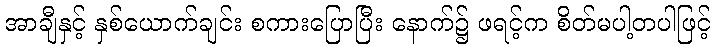
အာချီနှင့် နှစ်ယောက်ချင်း စကားပြောပြီး နောက်၌ ဖရင့်က စိတ်မပါ့တပါဖြင့်